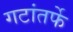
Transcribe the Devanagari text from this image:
गटांतर्फे